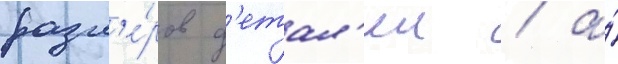
разм'е́ров д'етал'еи / а́